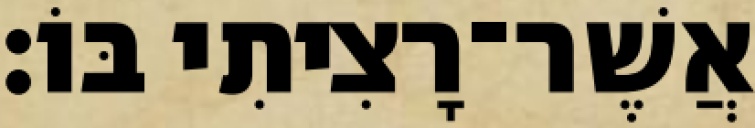
אֲשֶׁר־רָצִיתִי בּוֹ׃